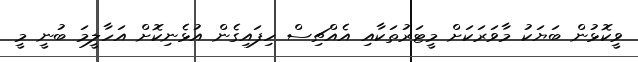
ވީކޮޅުން ބަޔަކު މާވަރަކަށް މީޓަރުތަކާއި އެއްޗިސް ހިފައިގެން އުޅެނިކޮށް އަހާލީމަ ބުނީ މީ